Sketch of the medical history of the native army of Bombay, for the year
Year: 1875
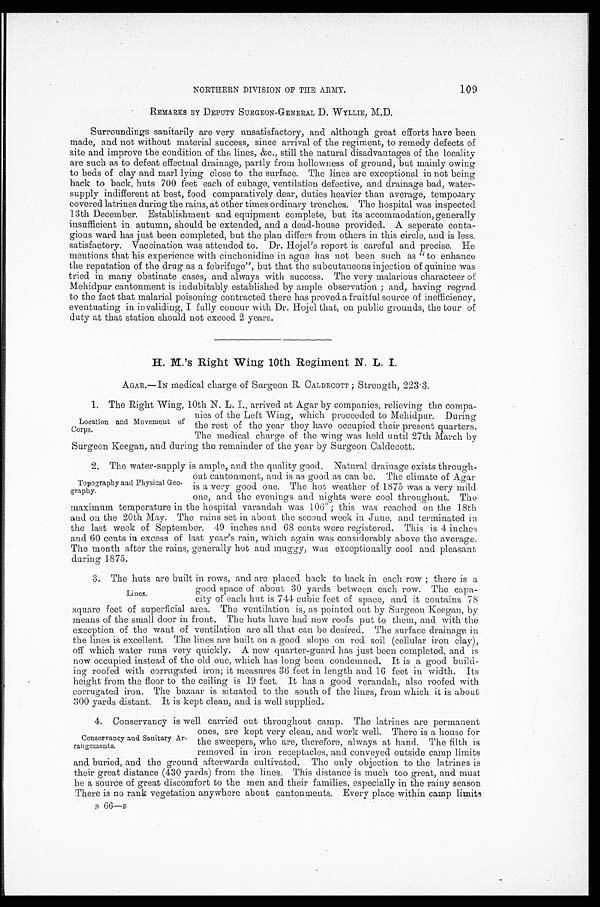
109
NORTHERN DIVISION OF THE ARMY.
REMARKS BY DEPUTY SURGEON-GENERAL D. WYLLIE, M.D.
Surroundings sanitarily are very unsatisfactory, and although great efforts have been
made, and not without material success, since arrival of the regiment, to remedy defects of
site and improve the condition of the lines, &c., still the natural disadvantages of the locality
are such as to defeat effectual drainage, partly from hollowness of ground, but mainly owing
to beds of clay and marl lying close to the surface. The lines are exceptional in not being
back to back, huts 700 feet each of cubage, ventilation defective, and drainage bad, water
-supply indifferent at best, food comparatively dear, duties heavier than average, temporary
covered latrines during the rains, at other times ordinary trenches. The hospital was inspected
13th December. Establishment and equipment complete, but its accommodation, generally
insufficient in autumn, should be extended, and a dead-house provided. A seperate conta
-gious ward has just been completed, but the plan differs from others in this circle, and is less.
satisfactory. Vaccination was attended to. Dr. Hojel's report is careful and precise. He
mentions that his experience with cinchonidine in ague has not been such as "to enhance
the reputation of the drug as a febrifuge", but that the subcutaneous injection of quinine was
tried in many obstinate cases, and always with success. The very malarious characteer of
Mehidpur cantonment is indubitably established by ample observation; and, having regrad
to the fact that malarial poisoning contracted there has proved a fruitful source of inefficiency,
eventuating in invaliding, I fully concur with Dr. Hojel that, on public grounds, the tour of
duty at that station should not exceed 2 years.
H. M.'s Right Wing 10th Regiment N. L. I.
AGAR.—IN medical charge of Surgeon R. CALDECOTT; Strength, 223.3.
1. The Right Wing, 10th N. L. I., arrived at Agar by companies, relieving the compa
-nies of the Left Wing, which proceeded to Mehidpur. During
the rest of the year they have occupied their present quarters.
The medical charge of the wing was held until 27th March by
Surgeon Keegan, and during the remainder of the year by Surgeon Caldecott.
2. The water-supply is ample, and the quality good. Natural drainage exists through
-out cantonment, and is as good as can be. The climate of Agar
is a very good one. The hot weather of 1875 was a very mild
one, and the evenings and nights were cool throughout. The
maximum temperature in the hospital verandah was 106º; this was reached on the 18th
and on the 20th May. The rains set in about the second week in June, and terminated in
the last week of September. 49 inches and 68 cents were registered. This is 4 inches
and 60 cents in excess of last year's rain, which again was considerably above the average
The month after the rains, generally hot and muggy, was exceptionally cool and pleasant
during 1875.
3. The huts are built in rows, and are placed back to back in each row; there is a
good space of about 30 yards between each row. The capa
-city of each hut is 744 cubic feet of space, and it contains 78
square feet of superficial area. The ventilation is, as pointed out by Surgeon Keegan, by
means of the small door in front. The huts have had new roofs put to them, and with the
exception of the want of ventilation are all that can be desired. The surface drainage in
the lines is excellent. The lines are built on a good slope on red soil (cellular iron clay),
off which water runs very quickly. A new quarter-guard has just been completed, and is
now occupied instead of the old one, which has long been condemned. It is a good build
-ing roofed with corrugated iron; it measures 36 feet in length and 16 feet in width. Its
height from the floor to the ceiling is 19 feet. It has a good verandah, also roofed with
corrugated iron. The bazaar is situated to the south of the lines, from which it is about
300 yards distant. It is kept clean, and is well supplied.
4. Conservancy is well carried out throughout camp. The latrines are permanent
ones, are kept very clean, and work well. There is a house for
the sweepers, who are, therefore, always at hand. The filth is
removed in iron receptacles, and conveyed outside camp limits
and buried, and the ground afterwards cultivated. The only objection to the latrines is
their great distance (430 yards) from the lines. This distance is much too great, and must
be a source of great discomfort to the men and their families, especially in the rainy season
There is no rank vegetation anywhere about cantonments. Every place within camp limits
B 66—B
Location and Movement of
Corps.
Topography and Physical Geo
-graphy.
Li nes.
Conservancy and Sanitary Ar
-rangements.